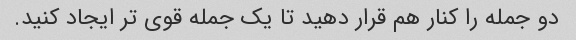
دو جمله را کنار هم قرار دهید تا یک جمله قوی تر ایجاد کنید.